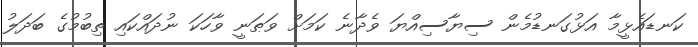
ކަނޑައެޅީމާ އަޅުގަނޑުމެން ސިޔާސިއްޔަ ވެދާނެ ކަމަށް ވަޠަނީ ވާހަކަ ނުދައްކައި ތިބުމުގެ ބަދަލު